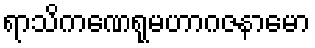
ရာသိကဏေရုမဟာဂဇနာမော